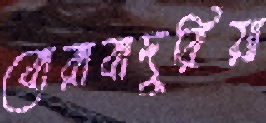
বোরাবাদুরিয়া